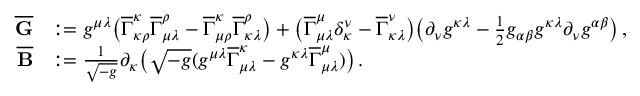
\begin{array} { r l } { \overline { { \mathbf { G } } } } & { : = g ^ { \mu \lambda } \big ( \overline { { \Gamma } } _ { \kappa \rho } ^ { \kappa } \overline { { \Gamma } } _ { \mu \lambda } ^ { \rho } - \overline { { \Gamma } } _ { \mu \rho } ^ { \kappa } \overline { { \Gamma } } _ { \kappa \lambda } ^ { \rho } \big ) + \big ( \overline { { \Gamma } } _ { \mu \lambda } ^ { \mu } \delta _ { \kappa } ^ { \nu } - \overline { { \Gamma } } _ { \kappa \lambda } ^ { \nu } \big ) \big ( \partial _ { \nu } g ^ { \kappa \lambda } - \frac { 1 } { 2 } g _ { \alpha \beta } g ^ { \kappa \lambda } \partial _ { \nu } g ^ { \alpha \beta } \big ) \, , } \\ { \mathbf { \overline { { B } } } } & { : = \frac { 1 } { \sqrt { - g } } \partial _ { \kappa } \big ( \sqrt { - g } ( g ^ { \mu \lambda } \overline { { \Gamma } } _ { \mu \lambda } ^ { \kappa } - g ^ { \kappa \lambda } \overline { { \Gamma } } _ { \mu \lambda } ^ { \mu } ) \big ) \, . } \end{array}